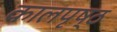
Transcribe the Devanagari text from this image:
कालपृष्ठ